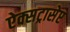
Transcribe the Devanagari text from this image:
ऐक्सट्रासेप्ट